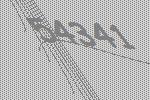
54341